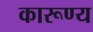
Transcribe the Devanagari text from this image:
कारूण्य